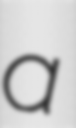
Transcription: a